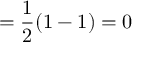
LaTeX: = { \frac { 1 } { 2 } } ( 1 - 1 ) = 0